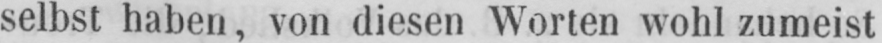
selbst haben, von diesen Worten wohl zumeist